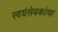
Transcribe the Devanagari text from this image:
स्वयंसेवकांचा